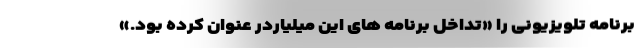
برنامه تلویزیونی را «تداخل برنامه های این میلیاردر عنوان کرده بود.»